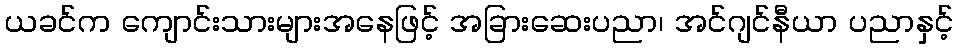
ယခင်က ကျောင်းသားများအနေဖြင့် အခြားဆေးပညာ၊ အင်ဂျင်နီယာ ပညာနှင့်